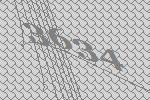
3634